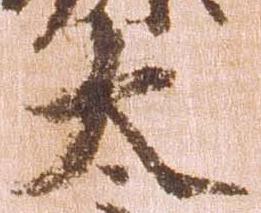
太